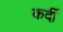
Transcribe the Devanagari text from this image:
कर्दी